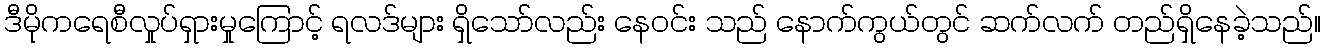
ဒီမိုကရေစီလှုပ်ရှားမှုကြောင့် ရလဒ်များ ရှိသော်လည်း နေဝင်း သည် နောက်ကွယ်တွင် ဆက်လက် တည်ရှိနေခဲ့သည်။